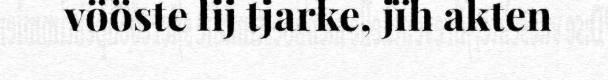
vööste lij tjarke, jïh akten